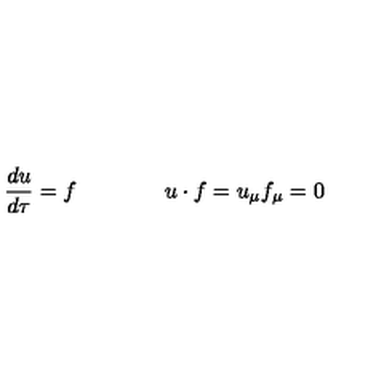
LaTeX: \frac { d u } { d \tau } = f \qquad \qquad u \cdot f = u _ { \mu } f _ { \mu } = 0